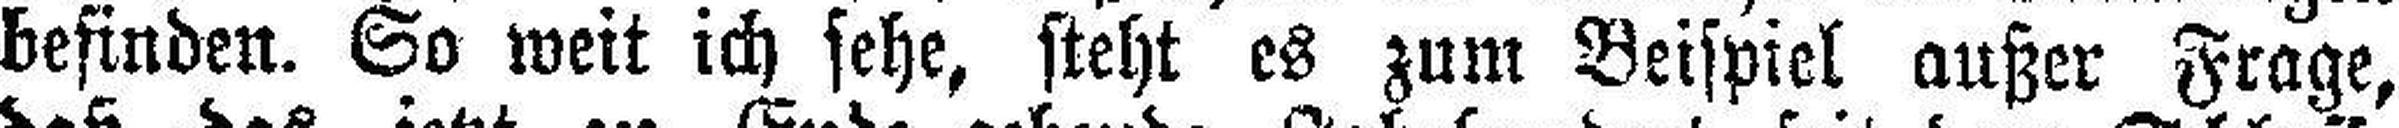
befinden. So weit ich sehe, steht es zum Beispiel außer Frage,